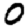
Digit: 0